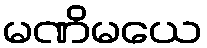
မဏိမယေ